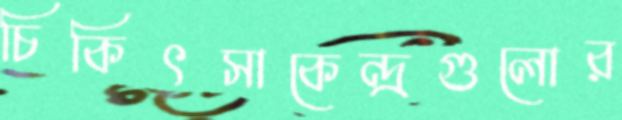
চিকিৎসাকেন্দ্রগুলোর